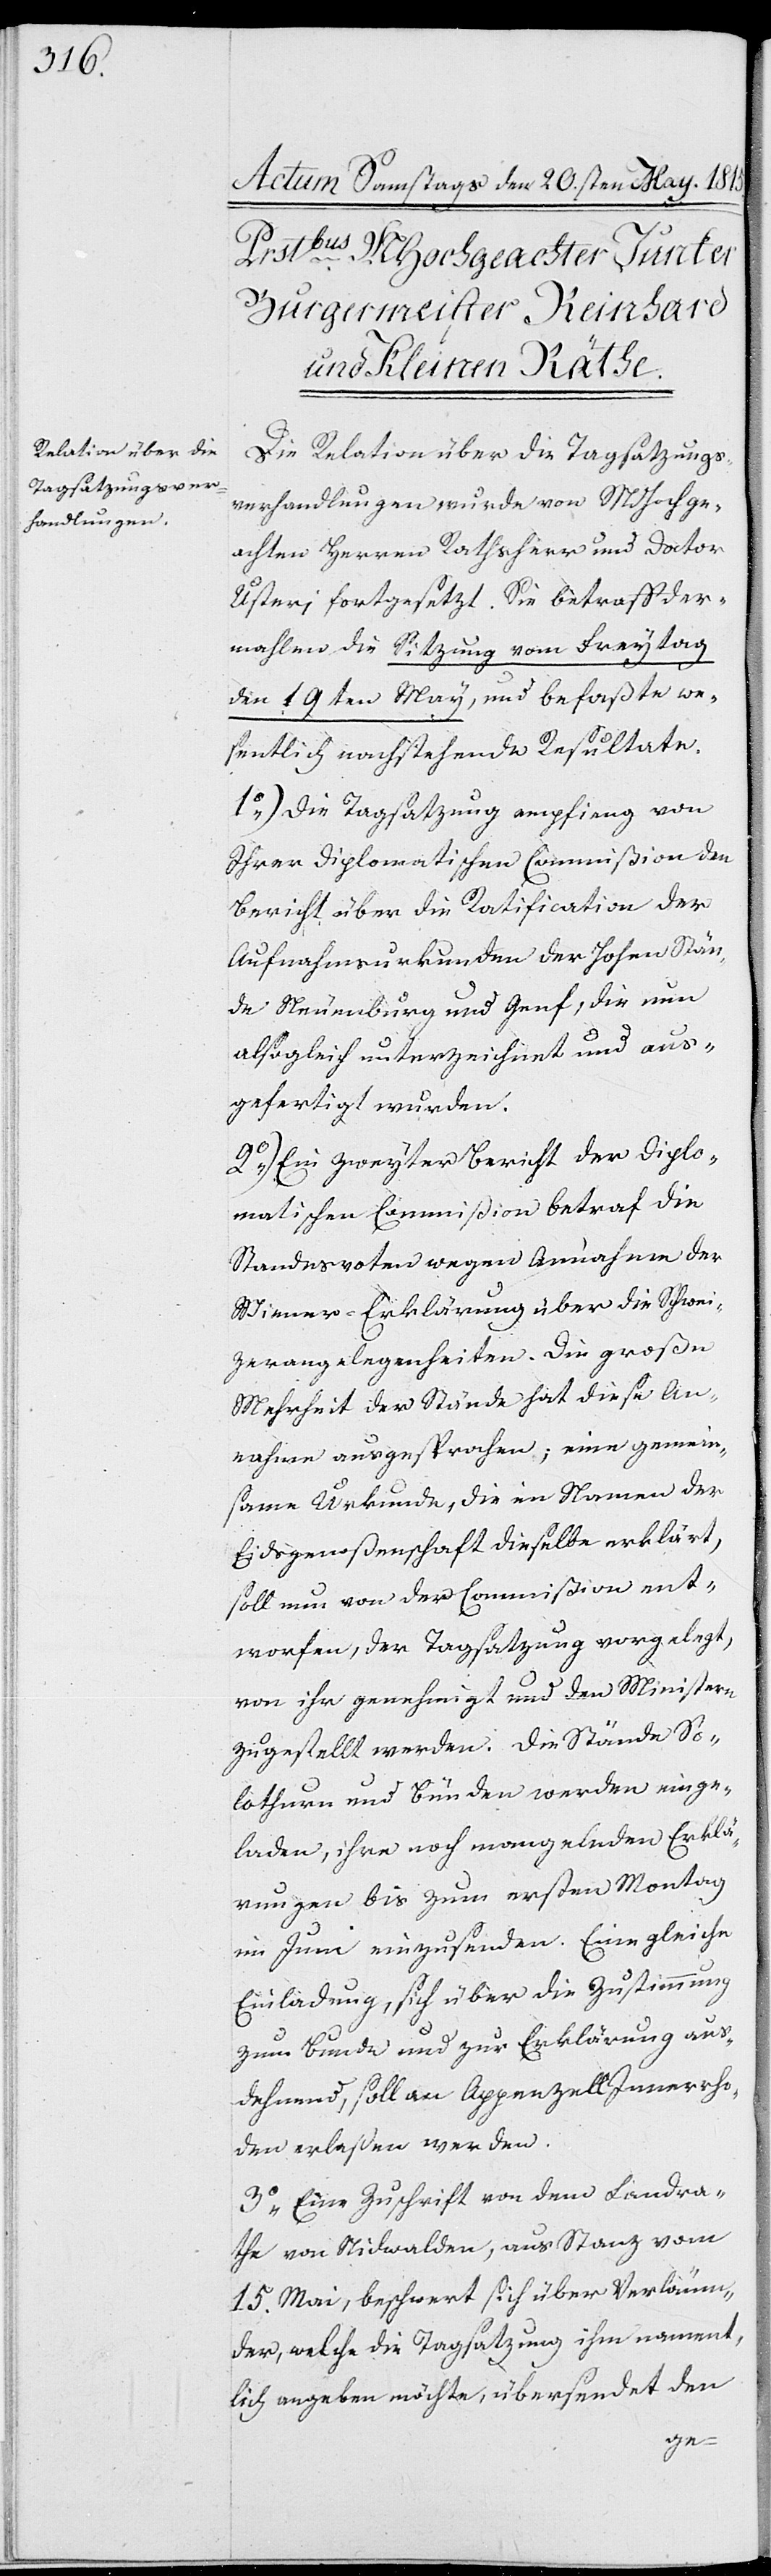
Die Relation über die Tagsatzungs¬
verhandlungen wurde von MHochge¬
achten Herren Rathsherr und Doctor
Usterj fortgesetzt. Die betraff der¬
mahlen die Sitzung vom Freytag
dem 19ten May, und befaßte we¬
sentlich nachstehende Resultate.
1.) Die Tagsatzung empfieng von
Ihrer Diplomatischen Commißion den
Bericht über die Ratification der
Aufnahmsurkunden der Hohen Stän¬
de Neuenburg und Genf, die nun
alsogleich unterzeichnet und aus¬
gefertiget wurden.
2.) Ein zweyter Bericht der Diplo¬
matischen Commißion betraf die
Standesvoten wegen Annahme der
Wiener-Erklärung über die Schwei¬
zerangelegenheiten. Die große
Mehrheit der Stände hat diese An¬
nahme ausgesprochen; eine gemein¬
same Urkunde, die im Namen der
Eydsgenoßenschaft dieselbe erklärt,
soll nun von der Commißion ent¬
worfen, der Tagsatzung vorgelegt,
von ihr genehmigt und den Ministern
zugestellt werden. Die Stände So¬
lothurn und Bünden werden einge¬
laden, ihre noch mangelnden Erklä¬
rungen bis zum ersten Montag
im Juni einzusenden. Eine gleiche
Einladung, sich über die Zustimmung
zum Bunde und zur Erklärung aus¬
dehnend, soll an Appenzell Innerrho¬
den erlaßen werden.
3.) Eine Zuschrift von dem Landra¬
the von Nidwalden, aus Stanz vom
15ten Mai, beschwert sich über Verläum¬
der, welche die Tagsatzung ihm nament¬
lich angeben möchte, übersendet den